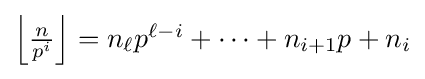
\textstyle \left\lfloor {\frac {n}{p^{i}}}\right\rfloor =n_{\ell }p^{\ell -i}+\cdots +n_{i+1}p+n_{i}